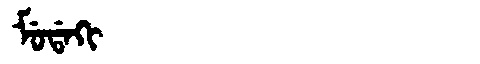
Manchu: ᠮᡠᡩᠠᡴᡳ
Romanization: MUDAKI